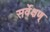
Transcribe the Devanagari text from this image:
सर्वेक्षण्